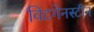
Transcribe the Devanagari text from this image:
विटगेनस्टीन